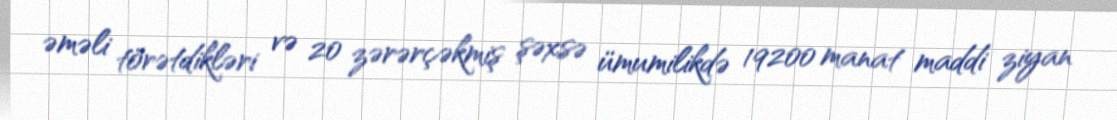
əməli törətdikləri və 20 zərərçəkmiş şəxsə ümumilikdə 19200 manat maddi ziyan